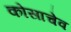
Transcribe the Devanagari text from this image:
कोसाचेव